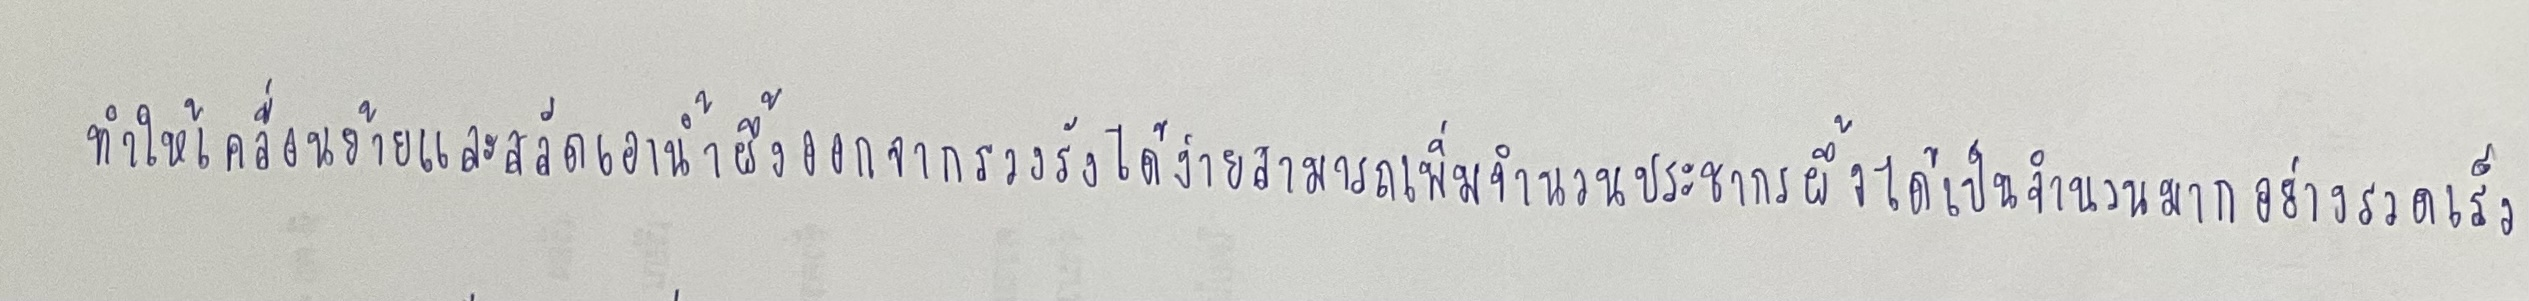
ทำให้เคลื่อนย้ายและสลัดเอาน้ำผึ้งออกจากรวงรังได้ง่ายสามารถเพิ่มจำนวนประชากรผึ้งได้เป็นจำนวนมากอย่างรวดเร็ว